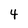
Character: 4